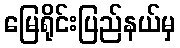
မြေရိုင်းပြည်နယ်မှ